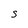
Character: S